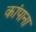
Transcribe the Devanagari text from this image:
कांपाना